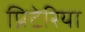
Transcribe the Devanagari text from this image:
प्रिटेरिया